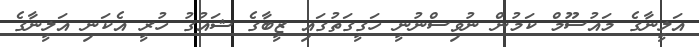
އަލީނާގެ މައުސޫމް ކަމުން ނުވިސްނުނީ ހަގީގަތުގައި ޒީބާގެ ޝައުގު ހުރީ އެކަނި އަލީނާގެ